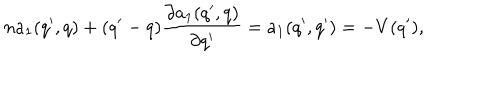
LaTeX: n a _ { 1 } ( q ^ { \prime } , q ) + ( q ^ { \prime } - q ) \frac { \partial a _ { 1 } ( q ^ { \prime } , q ) } { \partial q ^ { \prime } } = a _ { 1 } ( q ^ { \prime } , q ^ { \prime } ) = - V ( q ^ { \prime } ) ,